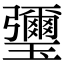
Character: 瓕